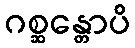
ဂစ္ဆန္တောပိ